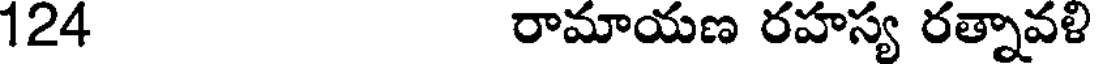
124 రామాయణ రహస్య రత్నావళి